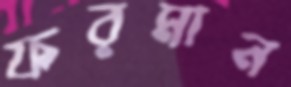
ফরমান